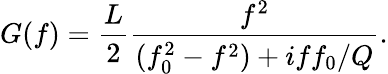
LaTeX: G(f)=\frac{L}{2}\frac{f^{2}}{(f_{0}^{2}-f^{2})+iff_{0}/Q}.